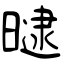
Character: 曃